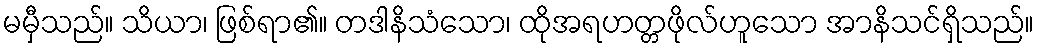
မမှီသည်။ သိယာ၊ ဖြစ်ရာ၏။ တဒါနိသံသော၊ ထိုအရဟတ္တဖိုလ်ဟူသော အာနိသင်ရှိသည်။